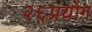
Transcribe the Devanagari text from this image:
२६प्रयोग